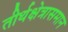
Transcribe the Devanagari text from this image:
तीर्थक्षेत्रासमान